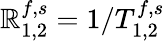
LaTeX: \mathbb{R}_{1,2}^{f,s}=1/T_{1,2}^{f,s}